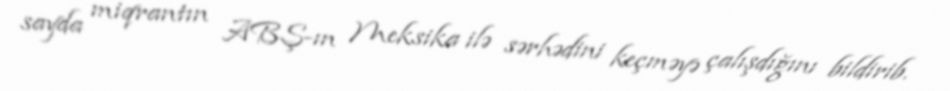
sayda miqrantın ABŞ-ın Meksika ilə sərhədini keçməyə çalışdığını bildirib.